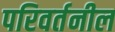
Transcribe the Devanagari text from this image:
परिवर्तनील